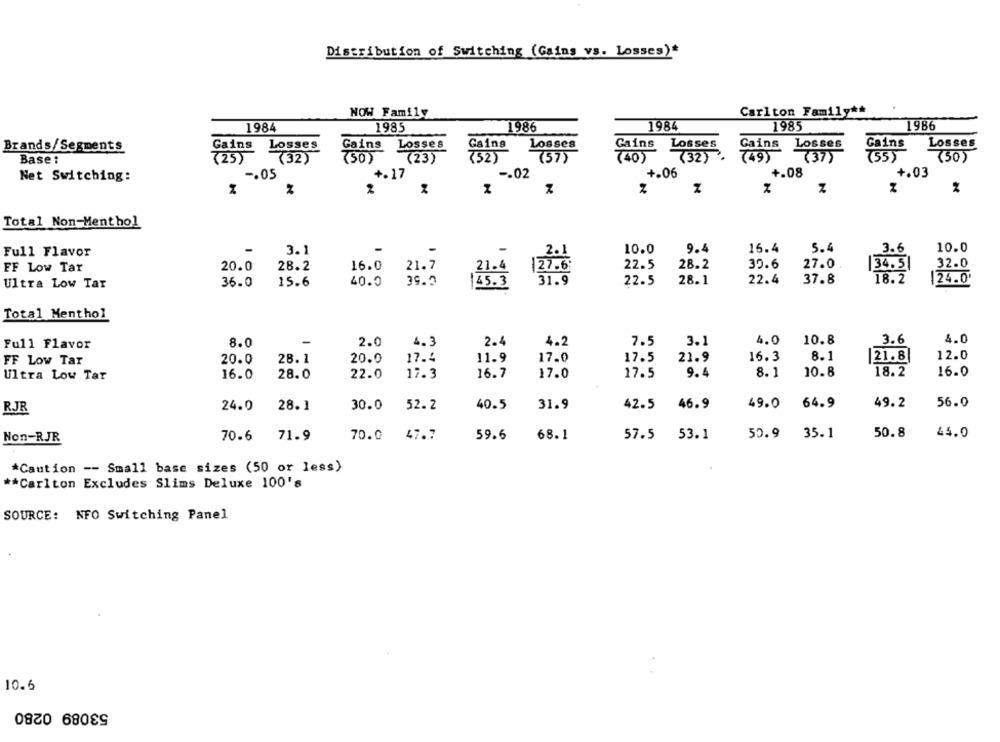
Distribution of Switching (Gains vs. Losses)*
NOW Family
Carlton Family **
1984
1984
1985
1986
1985
1986
-
Brands/Segments
Losses
Gains
Losses
osses
Losses
Gains
Losses
Gains
Gains Losses
749
Base :
( 25)
(32)
(23)
(23)
52)
(57)
Cains (325.
0)
(37)
55
(50)
Net Switching:
-. 05
+.17
-- 02
+.06
+.08
+.03
2
Total Non-Menthol
3.1
-
-
2.1
10.0
9.4
15.4
5.4
3.6
10.0
Full Flavor
FF Low Tar
20.0
28.2
16.0
21.7
|27.6
22.5
28.2
39.6
27.0
34.5|
32.0
21.4
40.0
39.9
145.3
31.9
22.5
28.1
22.4
37.8
18.2
|24.0'
Ultra Low Tar
36.0
15.6
Total Menthol
8.0
-
2.0
4. 3
2.4
4.2
7.5
3.1
4.0
10.8
3.6
4.0
Full Flavor
16.3
8.1
21.8
12.0
FF Low Tar
20.0
28.1
20.0
17.4
11.9
17.0
17.5
21.9
10.8
18.2
16.0
Ultra Low Tar
16.0
28.0
22.0
17.3
16.7
17.0
17.5
9.4
8.1
RJR
24.0
28.1
30.0
52.2
40.5
31.9
42.5
46.9
49.0 64.9
49.2
56.0
Non-RJR
70.6
71.9
70.0
47.7
59.6
68.1
57.5
53.1
50.9 35.1
50.8
44.0
*Caution -- Small base sizes (50 or less)
** Carlton Excludes Slims Deluxe 100's
SOURCE: NFO Switching Panel
10.6
53089 0280